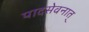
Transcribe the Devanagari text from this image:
पादसेवनात्